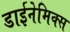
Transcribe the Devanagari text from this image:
डाईनेमिक्स